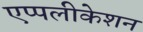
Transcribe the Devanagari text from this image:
एप्पलीकेशन